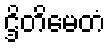
ဌိတိမေတံ